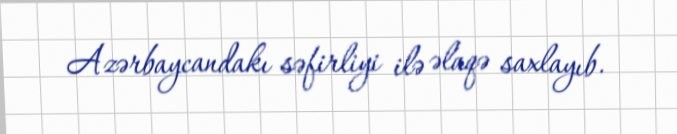
Azərbaycandakı səfirliyi ilə əlaqə saxlayıb.